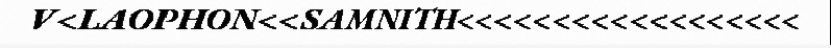
V<LAOPHON<<SAMNITH<<<<<<<<<<<<<<<<<<